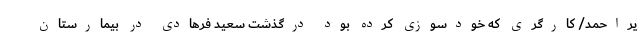
یراحمد/ کارگری که خودسوزی کرده بود درگذشت سعید فرهادی در بیمارستان